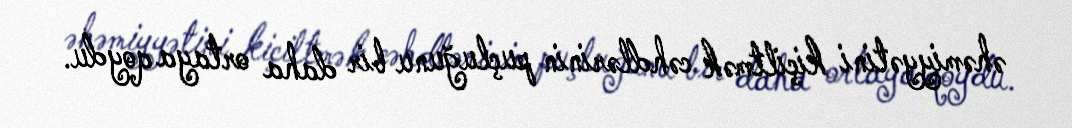
əhəmiyyətini kiçiltmək cəhdlərinin puçluğunu bir daha ortaya qoydu.